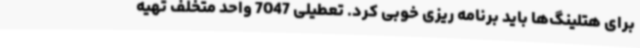
برای هتلینگ‌ها باید برنامه ریزی خوبی کرد. تعطیلی 7047 واحد متخلف تهیه